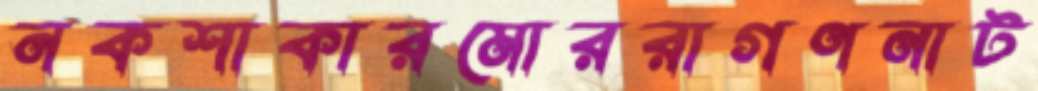
নকশাকারমোররাগণনাট